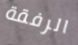
الرفقة